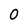
Character: 0